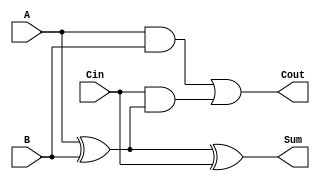
module FullAdder (
    input wire A,      // First input bit
    input wire B,      // Second input bit
    input wire Cin,    // Carry-in bit
    output wire Sum,   // Sum output
    output wire Cout   // Carry-out output
);

// Intermediate wires
wire xor_ab;         // Intermediate result of A XOR B

// Logic for Sum
assign xor_ab = A ^ B;        // First XOR gate
assign Sum = xor_ab ^ Cin;    // Second XOR gate

// Logic for Cout
assign Cout = (A & B) | (Cin & xor_ab);  // OR gate combining two AND gates

endmodule